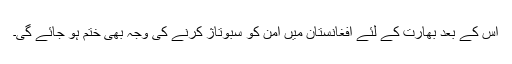
اس کے بعد بھارت کے لئے افغانستان میں امن کو سبوتاژ کرنے کی وجہ بھی ختم ہو جائے گی۔